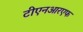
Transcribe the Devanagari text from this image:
टीएनआरएफ